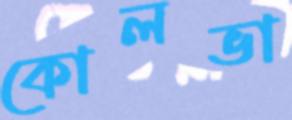
কোলভা